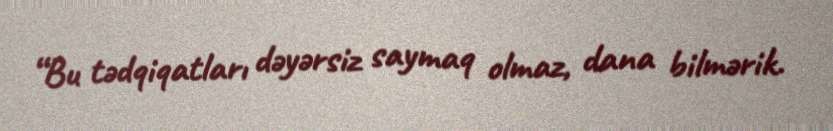
“Bu tədqiqatları dəyərsiz saymaq olmaz, dana bilmərik.